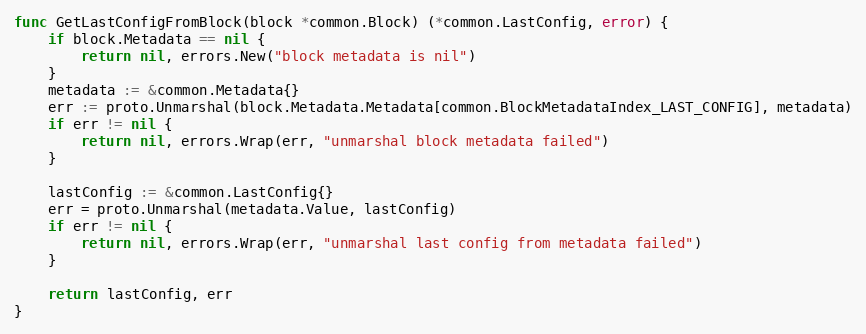
Language: Go
func GetLastConfigFromBlock(block *common.Block) (*common.LastConfig, error) {
	if block.Metadata == nil {
		return nil, errors.New("block metadata is nil")
	}
	metadata := &common.Metadata{}
	err := proto.Unmarshal(block.Metadata.Metadata[common.BlockMetadataIndex_LAST_CONFIG], metadata)
	if err != nil {
		return nil, errors.Wrap(err, "unmarshal block metadata failed")
	}

	lastConfig := &common.LastConfig{}
	err = proto.Unmarshal(metadata.Value, lastConfig)
	if err != nil {
		return nil, errors.Wrap(err, "unmarshal last config from metadata failed")
	}

	return lastConfig, err
}